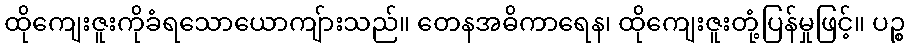
ထိုကျေးဇူးကိုခံရသောယောကျ်ားသည်။ တေနအဓိကာရေန၊ ထိုကျေးဇူးတုံ့ပြန်မှုဖြင့်။ ပဉ္စ